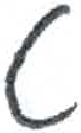
אות: ט